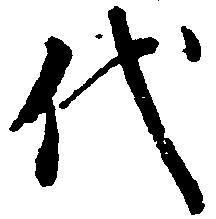
代